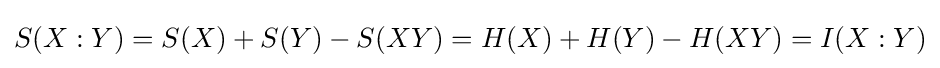
S(X:Y)=S(X)+S(Y)-S(XY)=H(X)+H(Y)-H(XY)=I(X:Y)